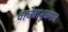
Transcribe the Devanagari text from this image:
वाघेबाभूळगाव